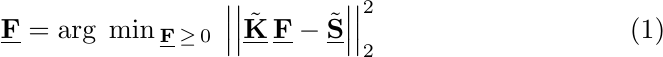
\begin{equation} \label{eq:US_cs_trans}
    \underline{\mathbf{F}} = \arg \; \min {}_{\underline{\mathbf{F}} \, \geq \, 0} \; \left|\left| \tilde{\underline{\mathbf{K}}} \, \underline{\mathbf{F}} - \tilde{\underline{\mathbf{S}}} \right| \right|_{2}^{2}
\end{equation}